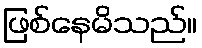
ဖြစ်နေမိသည်။